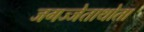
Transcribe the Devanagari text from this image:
जगज्जेताथोता